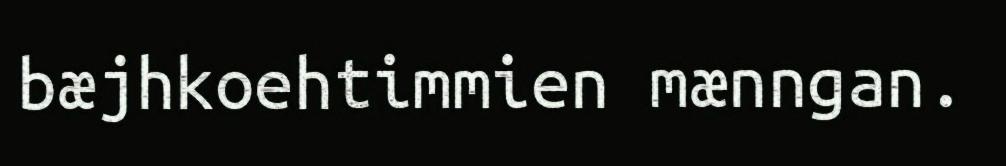
bæjhkoehtimmien mænngan.